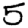
Digit: 5